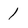
Character: 1